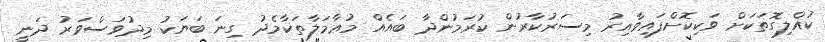
ކުއްލިގޮތަކަށް ވަކިކޮށްފައިވާއިރު މިސަރުކާރުން ކުރަމުންދާ ބައެއް މުޢާމަލާތަކާމެދު ގިނަ ބަޔަކު މިދުވަސްވަރު ދަނީ